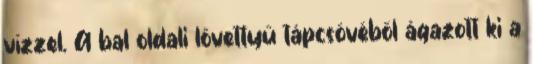
vízzel. A bal oldali lövettyű tápcsövéből ágazott ki a